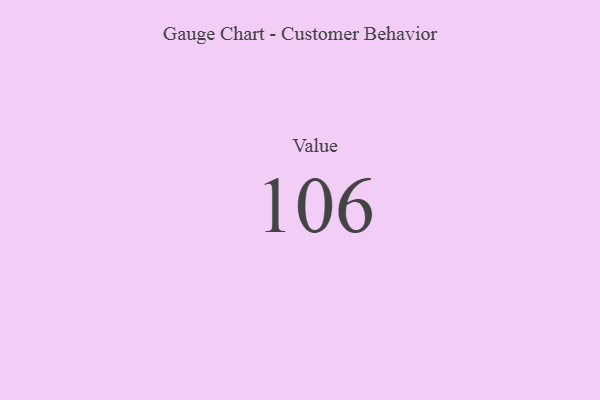
{"axis": {"x": "Metric", "y": "Value"}, "legend": [""], "data": [{"x": "Value", "y": 106, "type": ""}]}